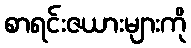
စာရင်းဇယားများကို